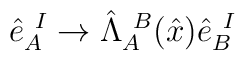
\hat{e}_A^{\ I}\rightarrow \hat\Lambda_A^{\ B}(\hat{x})\hat{e}_B^{\ I}